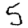
Digit: 5